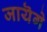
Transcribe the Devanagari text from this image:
जायॆगे